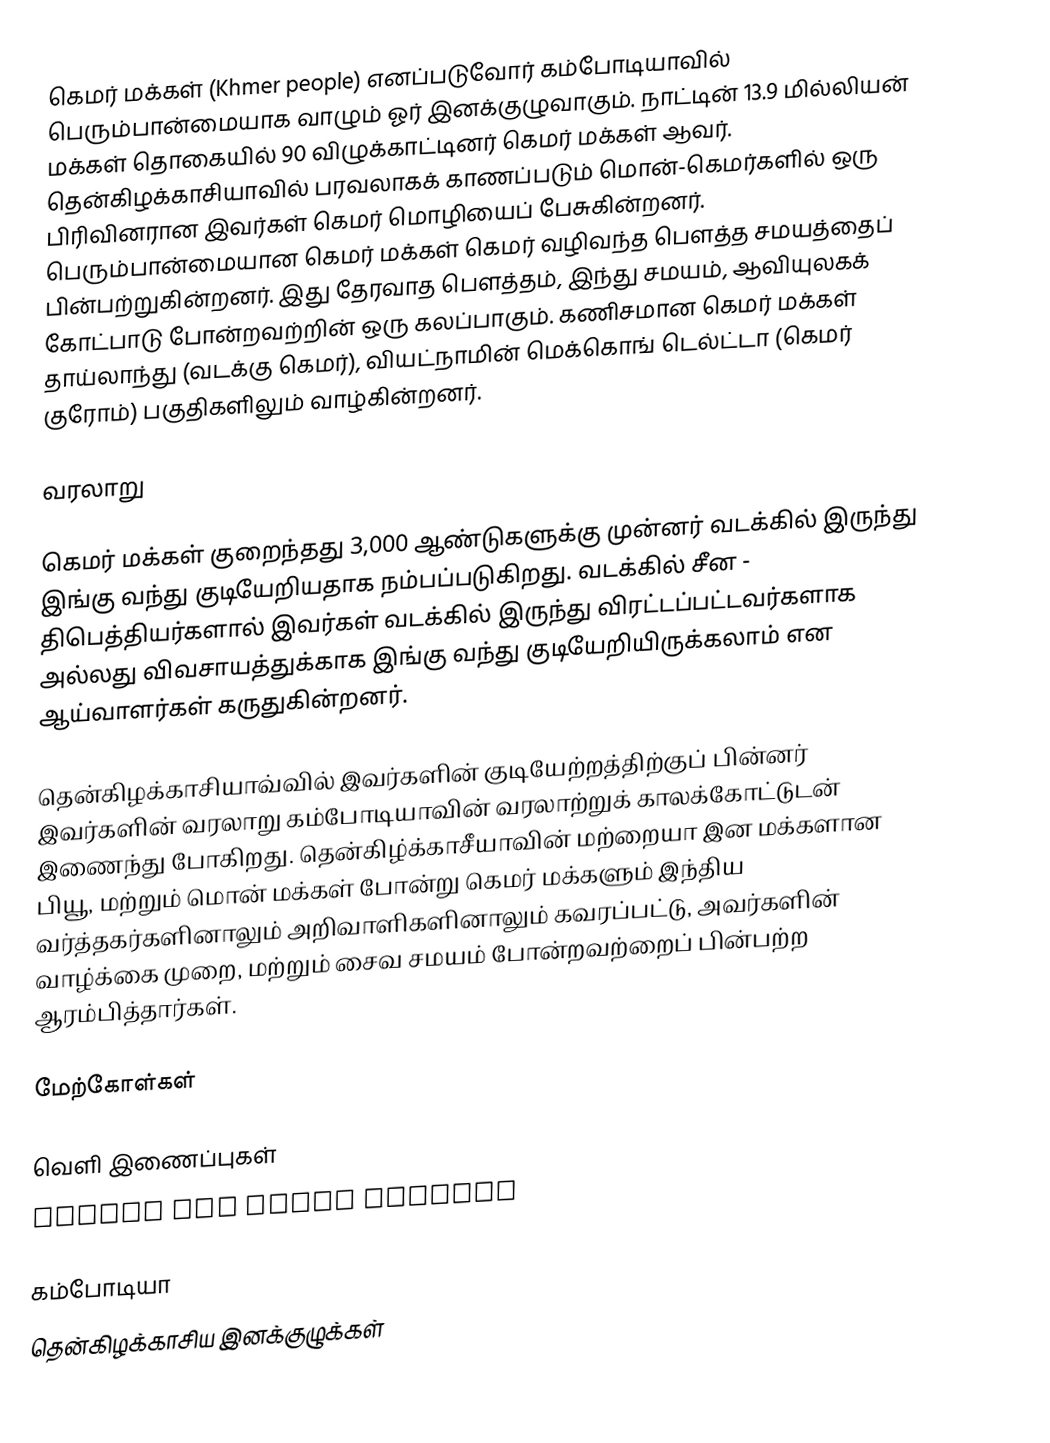
கெமர் மக்கள் (Khmer people) எனப்படுவோர் கம்போடியாவில் பெரும்பான்மையாக வாழும் ஓர் இனக்குழுவாகும். நாட்டின் 13.9 மில்லியன் மக்கள் தொகையில் 90 விழுக்காட்டினர் கெமர் மக்கள் ஆவர். தென்கிழக்காசியாவில் பரவலாகக் காணப்படும் மொன்-கெமர்களில் ஒரு பிரிவினரான இவர்கள் கெமர் மொழியைப் பேசுகின்றனர். பெரும்பான்மையான கெமர் மக்கள் கெமர் வழிவந்த பௌத்த சமயத்தைப் பின்பற்றுகின்றனர். இது தேரவாத பௌத்தம், இந்து சமயம், ஆவியுலகக் கோட்பாடு போன்றவற்றின் ஒரு கலப்பாகும். கணிசமான கெமர் மக்கள் தாய்லாந்து (வடக்கு கெமர்), வியட்நாமின் மெக்கொங் டெல்ட்டா (கெமர் குரோம்)  பகுதிகளிலும் வாழ்கின்றனர்.

வரலாறு

கெமர் மக்கள் குறைந்தது 3,000 ஆண்டுகளுக்கு முன்னர் வடக்கில் இருந்து இங்கு வந்து குடியேறியதாக நம்பப்படுகிறது. வடக்கில் சீன - திபெத்தியர்களால் இவர்கள் வடக்கில் இருந்து விரட்டப்பட்டவர்களாக அல்லது விவசாயத்துக்காக இங்கு வந்து குடியேறியிருக்கலாம் என ஆய்வாளர்கள் கருதுகின்றனர்.

தென்கிழக்காசியாவ்வில் இவர்களின் குடியேற்றத்திற்குப் பின்னர் இவர்களின் வரலாறு கம்போடியாவின் வரலாற்றுக் காலக்கோட்டுடன் இணைந்து போகிறது. தென்கிழ்க்காசீயாவின் மற்றையா இன மக்களான பியூ, மற்றும் மொன் மக்கள் போன்று கெமர் மக்களும் இந்திய வர்த்தகர்களினாலும் அறிவாளிகளினாலும் கவரப்பட்டு, அவர்களின் வாழ்க்கை முறை, மற்றும் சைவ சமயம் போன்றவற்றைப் பின்பற்ற ஆரம்பித்தார்கள்.

மேற்கோள்கள்

வெளி இணைப்புகள்
 Center For Khmer Studies

கம்போடியா
தென்கிழக்காசிய இனக்குழுக்கள்